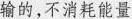
输的，不消耗能量